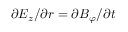
\partial E _ { z } / \partial r = \partial B _ { \varphi } / \partial t